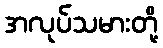
အလုပ်သမားတို့